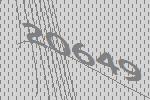
20649